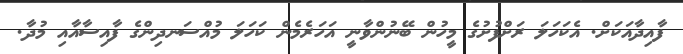
ފާއިދާއަކަށް. އެކަހަލަ ރަށްފުށުގެ މީހުން ބޭނުންވާނީ އަހަރެމެން ކަހަލަ މުއްސަނދިންގެ ފާއިސާއާއި މުދާ.